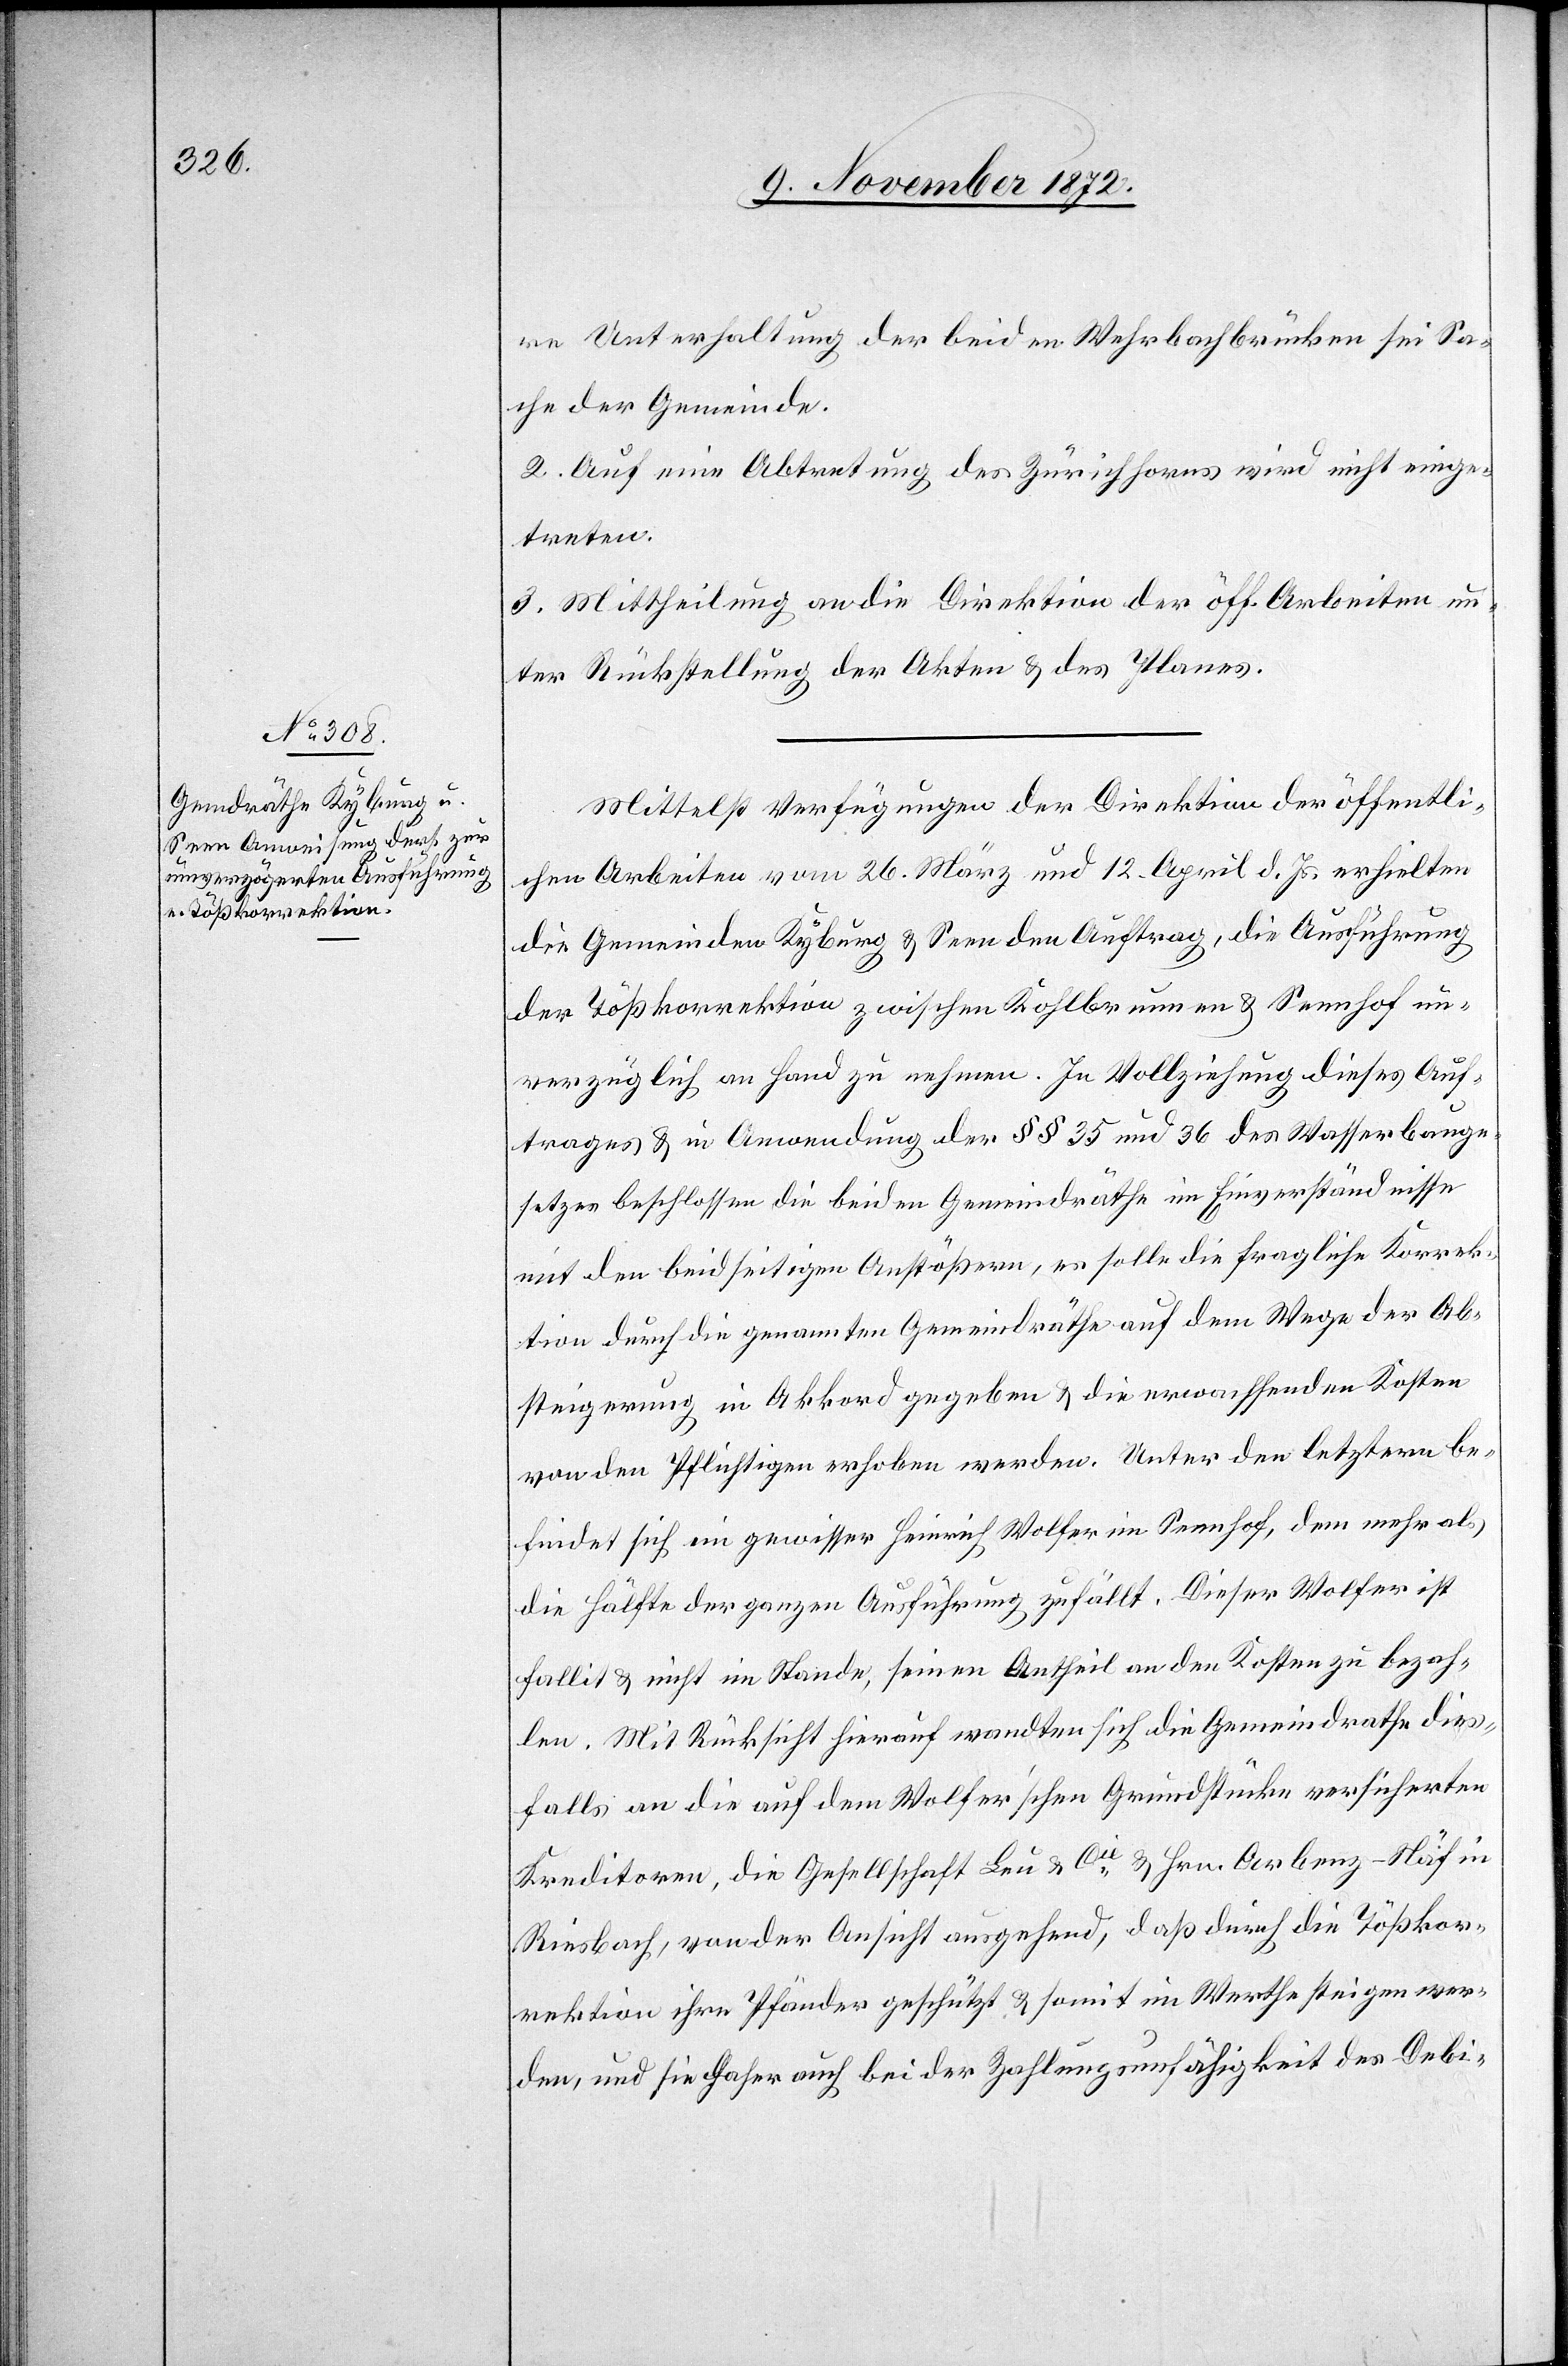
re Unterhaltung der beiden Wehrbachbrücken sei Sa¬
che der Gemeinde.
2. Auf eine Abtretung des Zürichhorns wird nicht einge¬
treten.
3. Mittheilung an die Direktion der öff. Arbeiten un¬
ter Rückstellung der Akten u. des Planes.
Mittelst Verfügungen der Direktion der öffentli¬
chen Arbeiten vom 26. März und 12. April d. Js. erhielten
die Gemeinde Kyburg u. Seen den Auftrag, die Ausführung
der Tößkorrektion zwischen Kohlbrunnen u. Sennhof un¬
verzüglich an Hand zu nehmen. In Vollziehung dieses Auf¬
trages u. in Anwendung der §§ 35 und 36 des Wasserbauge¬
setzes beschlossen die beiden Gemeindräthe im Einverständnisse
mit den beidseitigen Anstößern, es solle die fragliche Korrek¬
tion durch die genannten Gemeindräthe auf dem Wege der Ab¬
steigerung in Akkord gegeben u. die erwachsenden Kosten
von den Pflichtigen erhoben werden. Unter den letztern be¬
findet sich ein gewisser Heinrich Wolfer im Sennhof, dem mehr als
die Hälfte der ganzen Ausführung zufällt. Dieser Wolfer ist
fallit u. nicht im Stande, seinen Antheil an den Kosten zu bezah¬
len. Mit Rücksicht hierauf wandten sich die Gemeindrathe
diesfalls an die auf dem Wolfer’schen Grundstücke versicherten
Kreditoren, die Gesellschaft Leu u. Cie u. Hrn. Arbenz-Näf in
Riesbach, von der Ansicht ausgehend, daß durch die Tößkor¬
rektion ihre Pfänder geschützt u. somit im Werthe steigen wer¬
den, und sie daher auch bei der Zahlungsunfähigkeit des Debi-